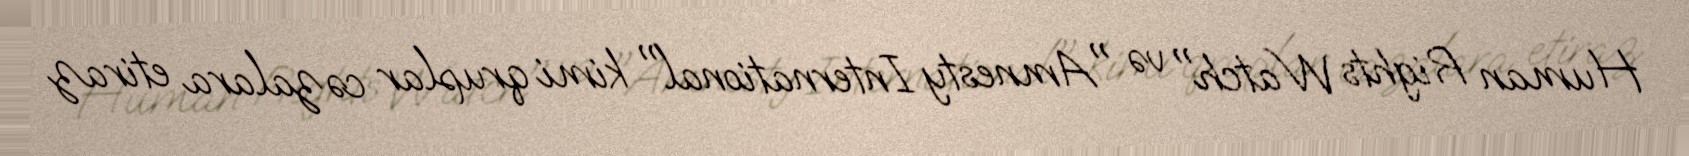
Human Rights Watch" və "Amnesty International" kimi qruplar cəzalara etiraz